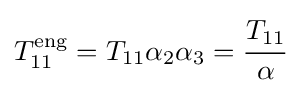
T_{11}^{\mathrm {eng} }=T_{11}\alpha _{2}\alpha _{3}={\cfrac {T_{11}}{\alpha }}